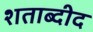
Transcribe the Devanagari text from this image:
शताब्दीद